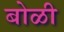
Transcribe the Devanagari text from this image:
बोळी